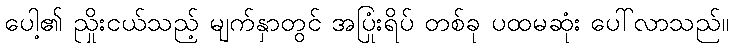
ပေါ့၏ ညှိုးငယ်သည့် မျက်နှာတွင် အပြုံးရိပ် တစ်ခု ပထမဆုံး ပေါ်လာသည်။